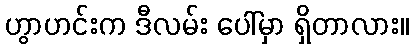
ဟွာဟင်းက ဒီလမ်း ပေါ်မှာ ရှိတာလား။